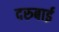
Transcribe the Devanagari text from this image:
दरुबाई